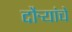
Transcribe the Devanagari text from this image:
दौर्‍यांचे